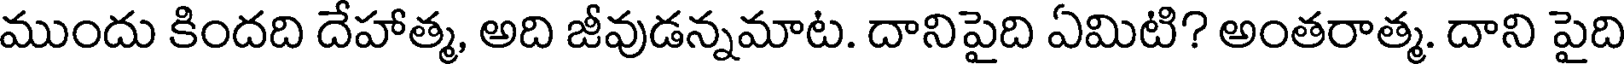
ముందు కిందది దేహాత్మ, అది జీవుడన్నమాట. దానిపైది ఏమిటి? అంతరాత్మ. దాని పైది